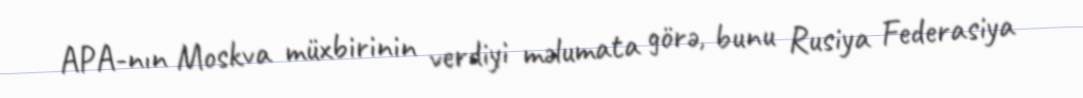
APA-nın Moskva müxbirinin verdiyi məlumata görə, bunu Rusiya Federasiya